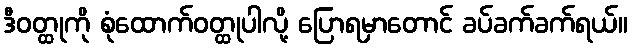
ဒီဝတ္ထုကို စုံထောက်ဝတ္ထုပါလို့ ပြောရမှာတောင် ခပ်ခက်ခက်ရယ်။